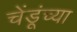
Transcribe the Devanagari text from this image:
चेंडूंच्या